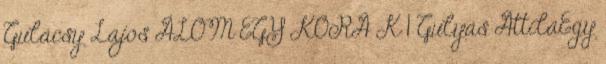
Gulácsy Lajos ÁLOM EGY KORA K 1 Gulyás AttilaEgy